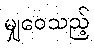
မျှဝေသည့်